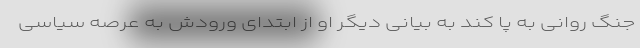
جنگ روانی به پا کند به بیانی دیگر او از ابتدای ورودش به عرصه سیاسی